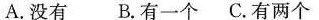
A.没有B.有一个C.有两个